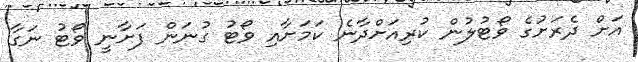
އަށް ދެރަށުގެ ވޯޓުލުން ކުރިއަށްދާނެ ކަމަށާއި ވޯޓު ގުނަން ފަށާނީ ވޯޓު ނަގާ